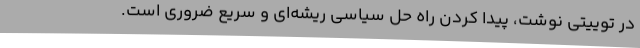
در توییتی نوشت، پیدا کردن راه حل سیاسی ریشه‌ای و سریع ضروری است.